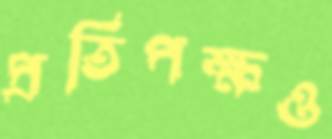
প্রতিপক্ষও